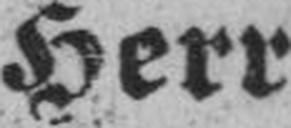
Herr